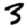
Digit: 3